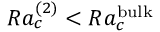
R a _ { c } ^ { ( 2 ) } < R a _ { c } ^ { \mathrm { \tiny { b u l k } } }